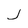
Character: j